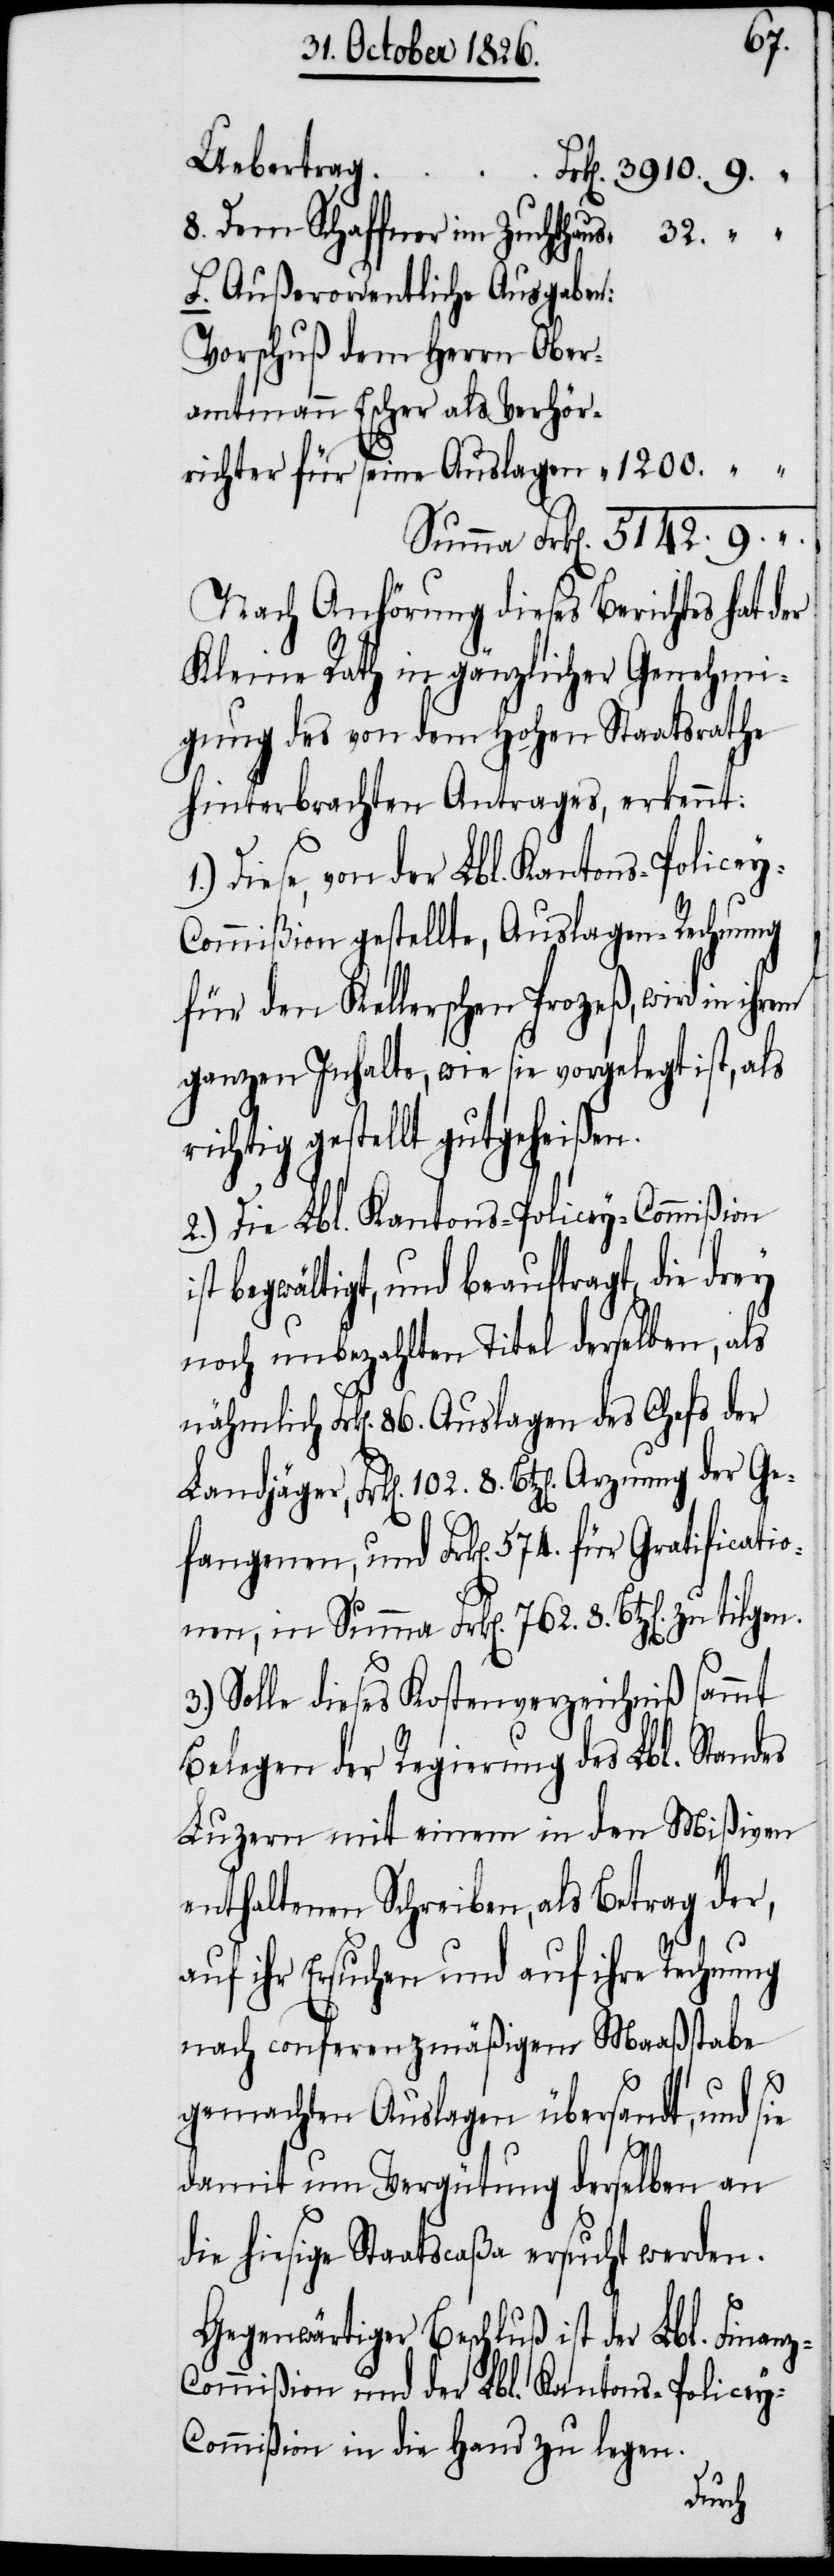
Uebertrag
8. Dem Schaffner im Zuchthaus
32.
f. Außerordentliche Ausgaben:
Vorschuß dem Herrn Ober¬
amtmann Escher als Verhör¬
richter für seine Auslagen
Nach Anhörung dieses Berichtes hat der
Kleine Rath in gänzlicher Genehmi¬
gung des von dem hohen Staatsrathe
hinterbrachten Antrages, erkennt:
Diese, von der Lbl. Kantons-Policey-C¬
ommißion gestellte, Auslagen-Rechnung
für den Kellerschen Prozeß, wird in
ganzen Inhalte, wie sie vorgelegt ist, als
richtig gestellt gutgeheißen.
2.) Die Lbl. Kantons-Policey-Commißion
st begwältigt, und beauftragt die drey
noch unbezahlten Titel derselben, als
nähmlich Frk[en]. 86. Auslagen des Chefs der
fangenen, und Frk[en]. 574. für Gratificatio¬
nen, in Summa Frk[en]. 762. 8. Btz[en].
3.) Solle dieses Kostenverzeichniß sammt
Belegen der Regierung des Lbl. Standes
Luzern mit einem in den Mißiven
enthaltenen Schreiben, als Betrag der,
auf ihr Ersuchen und auf ihre Rechnung
nach conferenzmäßigem Maaßstabe
Ge¬
gemachten Auslagen übersandt, und sie
damit um Vergütung derselben an
die hiesige Staatscaßa ersucht werden.
Gegenwärtiger Beschluß ist der Lbl. Finan¬
z-Commißion und der Lbl. Kantons-Policey-C¬
ommißion in die Hand zu legen.